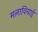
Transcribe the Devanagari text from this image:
मलावियाई